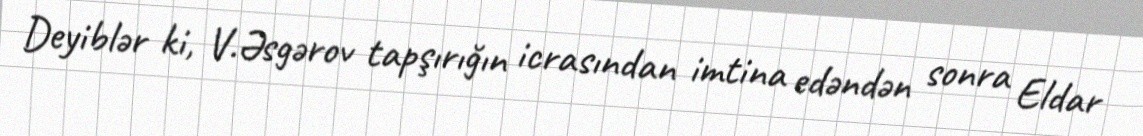
Deyiblər ki, V.Əsgərov tapşırığın icrasından imtina edəndən sonra Eldar